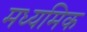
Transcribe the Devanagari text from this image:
मध्यमिक